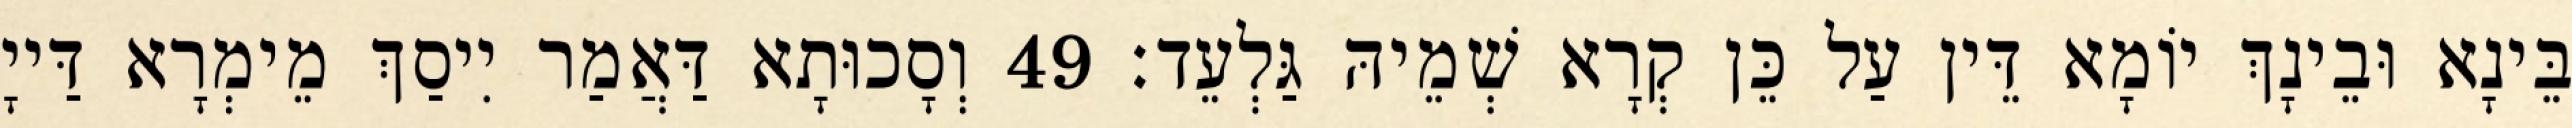
בֵּינָא וּבֵינָךְ יוֹמָא דֵּין עַל כֵּן קְרָא שְׁמֵיהּ גַּלְעֵד׃ 49 וְסָכוּתָא דַּאֲמַר יִיסַךְ מֵימְרָא דַּייָ